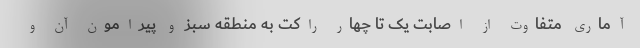
آماری متفاوت از اصابت یک تا چهار راکت به منطقه سبز و پیرامون آن و